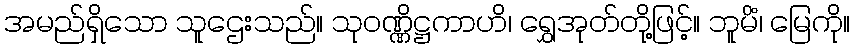
အမည်ရှိသော သူဌေးသည်။ သုဝဏ္ဏိဋ္ဌကာဟိ၊ ရွှေအုတ်တို့ဖြင့်။ ဘူမိံ၊ မြေကို။